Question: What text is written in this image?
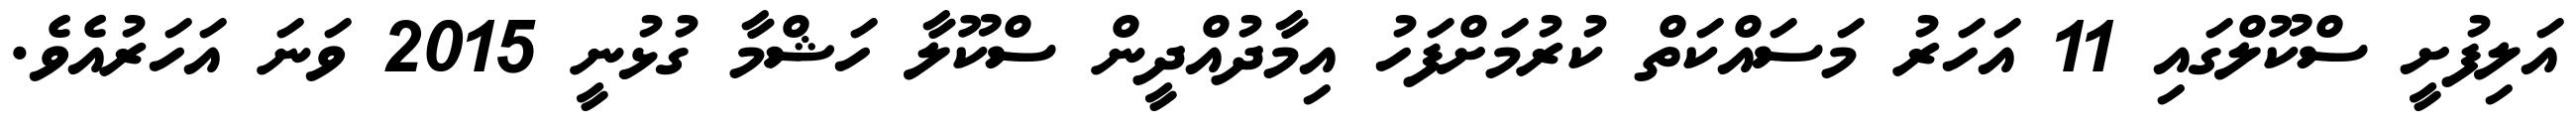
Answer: އަލިފުށީ ސްކޫލްގައި 11 އަހަރު މަސައްކަތް ކުރުމަށްފަހު އިމާދުއްދީން ސްކޫލާ ހަޝްމާ ގުޅުނީ 2015 ވަނަ އަހަރުއެވެ.